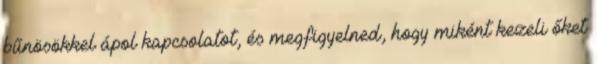
bűnösökkel ápol kapcsolatot, és megfigyelned, hogy miként kezeli őket